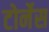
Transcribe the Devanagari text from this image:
टोर्नेस